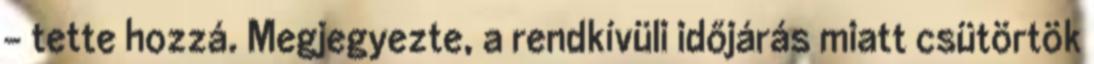
- tette hozzá. Megjegyezte, a rendkívüli időjárás miatt csütörtök